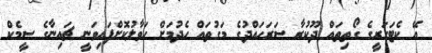
އޭ ކެޓަގަރީގެ ގޯތިތައް ދޫކުރާ ސަރަހައްދުގެ މަގުތައް ހެދުމަށް ހަވާލުކޮށްފައިވަނީ ޗައިނާގެ ސީމެކް